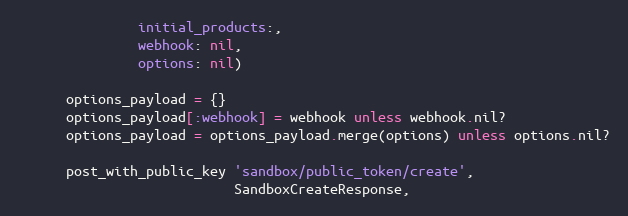
Language: Ruby
               initial_products:,
               webhook: nil,
               options: nil)

      options_payload = {}
      options_payload[:webhook] = webhook unless webhook.nil?
      options_payload = options_payload.merge(options) unless options.nil?

      post_with_public_key 'sandbox/public_token/create',
                           SandboxCreateResponse,